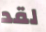
لقد